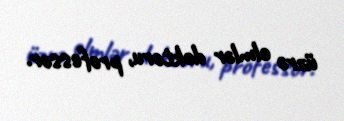
üzrə elmlər doktoru, professor.